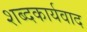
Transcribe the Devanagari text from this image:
शब्दकार्यवाद